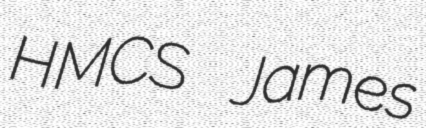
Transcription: HMCS James